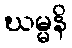
ဃမ္မနိ